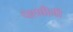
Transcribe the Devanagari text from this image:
पेशबीनी